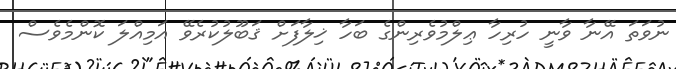
ނުވަތަ އޭނާ ވާނީ ހުރިހާ ޢިލްމުވެރިންގެ ބަހާ ޚިލާފަށް ޤަބޫލުކުރެވޭ އަމިއްލަ ކޮންމެވެސް